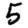
Digit: 5